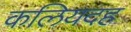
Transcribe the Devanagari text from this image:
कलियदह